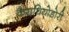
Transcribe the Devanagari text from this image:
कैराथियोडोरी